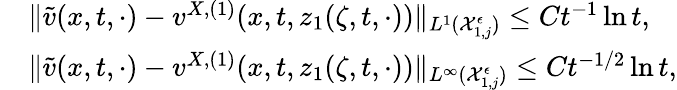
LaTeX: \begin{array}{rl}&{\| \tilde{v}(x,t,\cdot)-v^{X,(1)}(x,t,z_{1}(\zeta,t,\cdot))\| _{L^{1}(\mathcal{X}_{1,j}^{\epsilon})}\leq Ct^{-1}\ln t,}\\ &{\| \tilde{v}(x,t,\cdot)-v^{X,(1)}(x,t,z_{1}(\zeta,t,\cdot))\| _{L^{\infty}(\mathcal{X}_{1,j}^{\epsilon})}\leq Ct^{-1/2}\ln t,}\end{array}